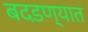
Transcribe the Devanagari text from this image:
बदडण्यात